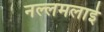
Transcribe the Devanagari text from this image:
नल्लमलाई